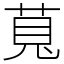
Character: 萈